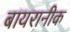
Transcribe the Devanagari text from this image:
बायरानीक